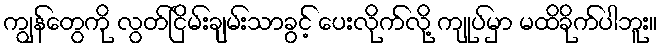
ကျွန်တွေကို လွတ်ငြိမ်းချမ်းသာခွင့် ပေးလိုက်လို့ ကျုပ်မှာ မထိခိုက်ပါဘူး။